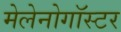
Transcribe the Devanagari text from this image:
मेलेनोगॉस्टर